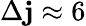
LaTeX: \Delta\mathbf{j}\approx6